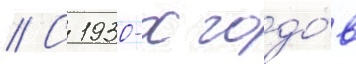
// С 1930-х годо́в